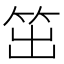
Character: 笜